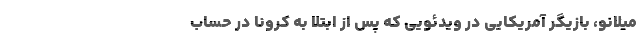
میلانو، بازیگر آمریکایی در ویدئویی که پس از ابتلا به کرونا در حساب